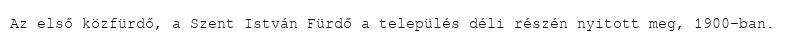
Az első közfürdő, a Szent István Fürdő a település déli részén nyitott meg, 1900-ban.